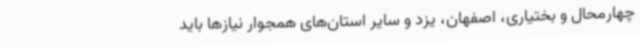
چهارمحال و بختیاری، اصفهان، یزد و سایر استان‌های همجوار نیازها باید